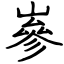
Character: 嵾